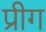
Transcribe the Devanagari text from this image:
प्रीग